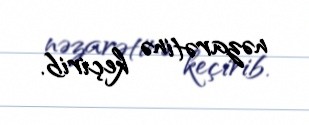
nəzarətinə keçirib.